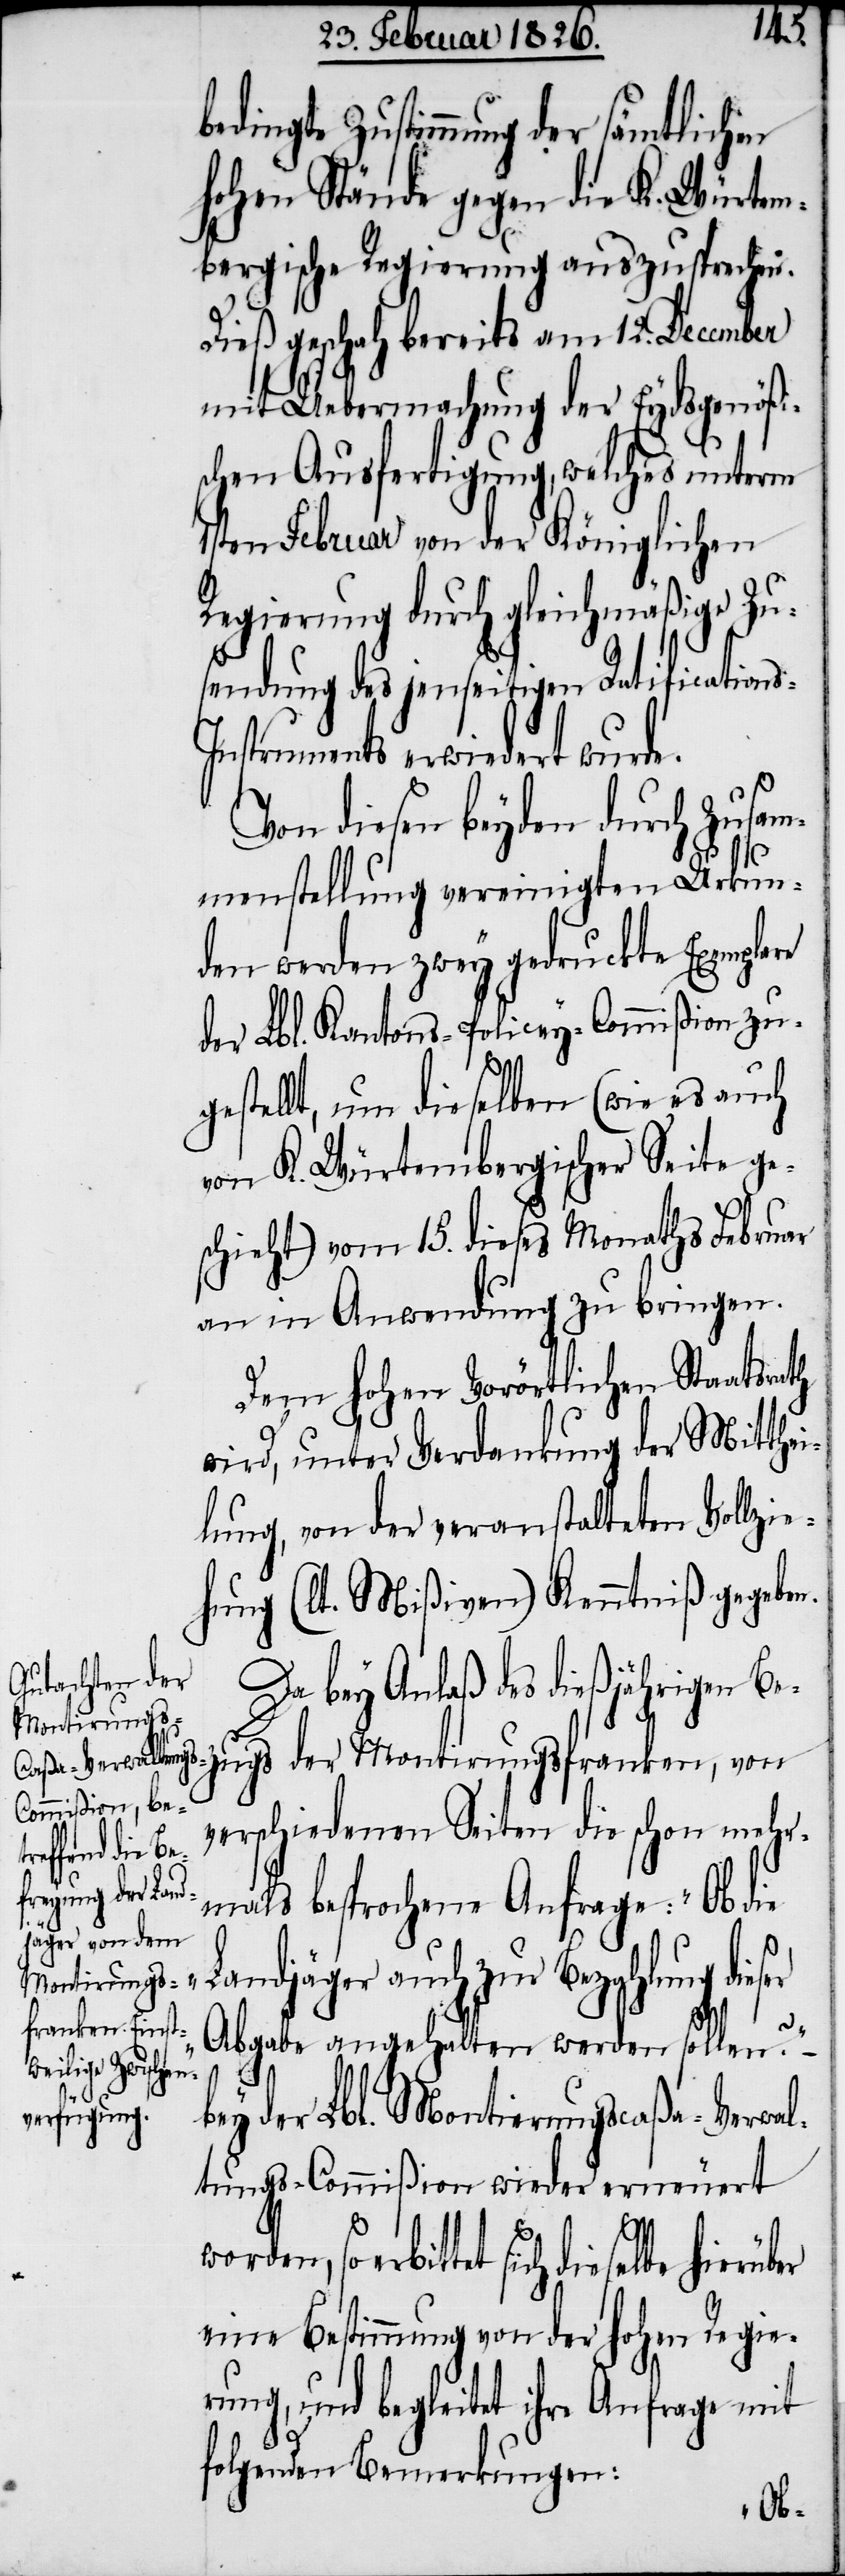
er
bedingte Zustimmung der sämtlichen
hohen Stände gegen die K. Würtem¬
bergische Regierung auszusprechen.
Dieß geschah bereits am 12. December
mit Uebermachung der Eydsgenößis¬
chen Ausfertigung, welches unterm
1sten Februar von der Königlichen
Regierung durch gleichmäßige Zu¬
sendung des jenseitigen Ratification¬
s-Instruments erwiedert wurde.
Von diesen beyden durch Zusam¬
menstellung vereinigten Urkun¬
den werden zwey gedruckte Exemplare
der Lbl. Kantons-Policey-Commißion zu¬
gestellt, um dieselben (wie es auch
von K. Würtembergischer Seite ge¬
schieht) vom 15. dieses Monaths Februar
an in Anwendung zu bringen.
Dem hohen Vorörtlichen Staatsrath
wird, unter Verdankung der Mitthei¬
lung, von der veranstalteten Vollzie¬
hung (lt. Mißiven) Kenntniß gegeben.
Da bey Anlaß des dießjährigen Be¬
zugs der Montirungsfranken, von
verschiedenen Seiten die schon mehr¬
mals besprochene Anfrage: „Ob die
Landjäger auch zur Bezahlung dies¬
Abgabe angehalten werden sollen?“
bey der Lbl. Montierungscaßa-Verwal¬
tungs-Commißion wieder erneuert
worden, so erbittet sich dieselbe
eine Bestimmung von der hohen Regie¬
rung, und begleitet ihre Anfrage mit
folgenden Bemerkungen: